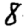
Digit: 8